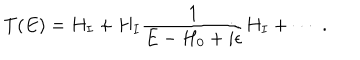
LaTeX: T ( E ) = H _ { I } + H _ { I } \frac { 1 } { E - H _ { 0 } + i \epsilon } H _ { I } + \cdots \; .